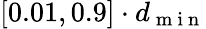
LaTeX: [0.01,0.9]\cdot d_{\mathrm{~m~i~n~}}